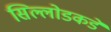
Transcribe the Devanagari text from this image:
सिल्लोडकडे